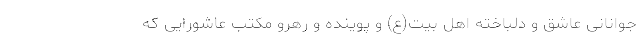
جوانانی عاشق و دلباخته اهل بیت(ع) و پوینده و رهرو مکتب عاشورایی که